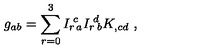
g _ { a b } = \sum _ { r = 0 } ^ { 3 } I _ { r } { \! } ^ { c } { \! } _ { a } I _ { r } { \! } ^ { d } { \! } _ { b } K _ { , c d } \ ,